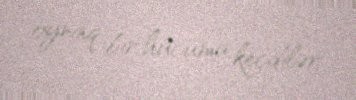
oynaq bir hücuma keçdilər.